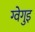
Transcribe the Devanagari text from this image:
ग्वेगुइ